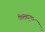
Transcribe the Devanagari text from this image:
वतना